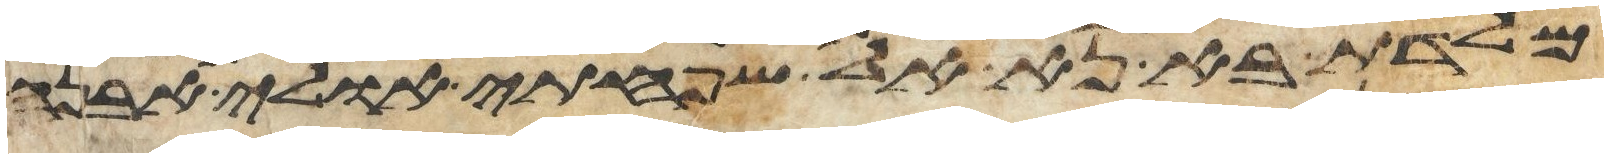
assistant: מלדת בא נא אל שפחתי אולי אבנה